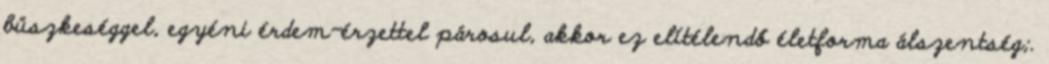
büszkeséggel, egyéni érdem-érzettel párosul, akkor ez elítélendő életforma álszentség;.